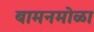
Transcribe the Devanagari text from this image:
बामनमोळा